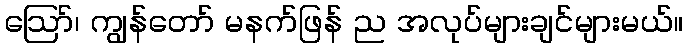
ဪ၊ ကျွန်တော် မနက်ဖြန် ည အလုပ်များချင်များမယ်။